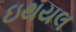
ઇથયલ